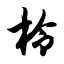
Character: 柃